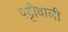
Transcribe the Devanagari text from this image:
पट्टीवाली